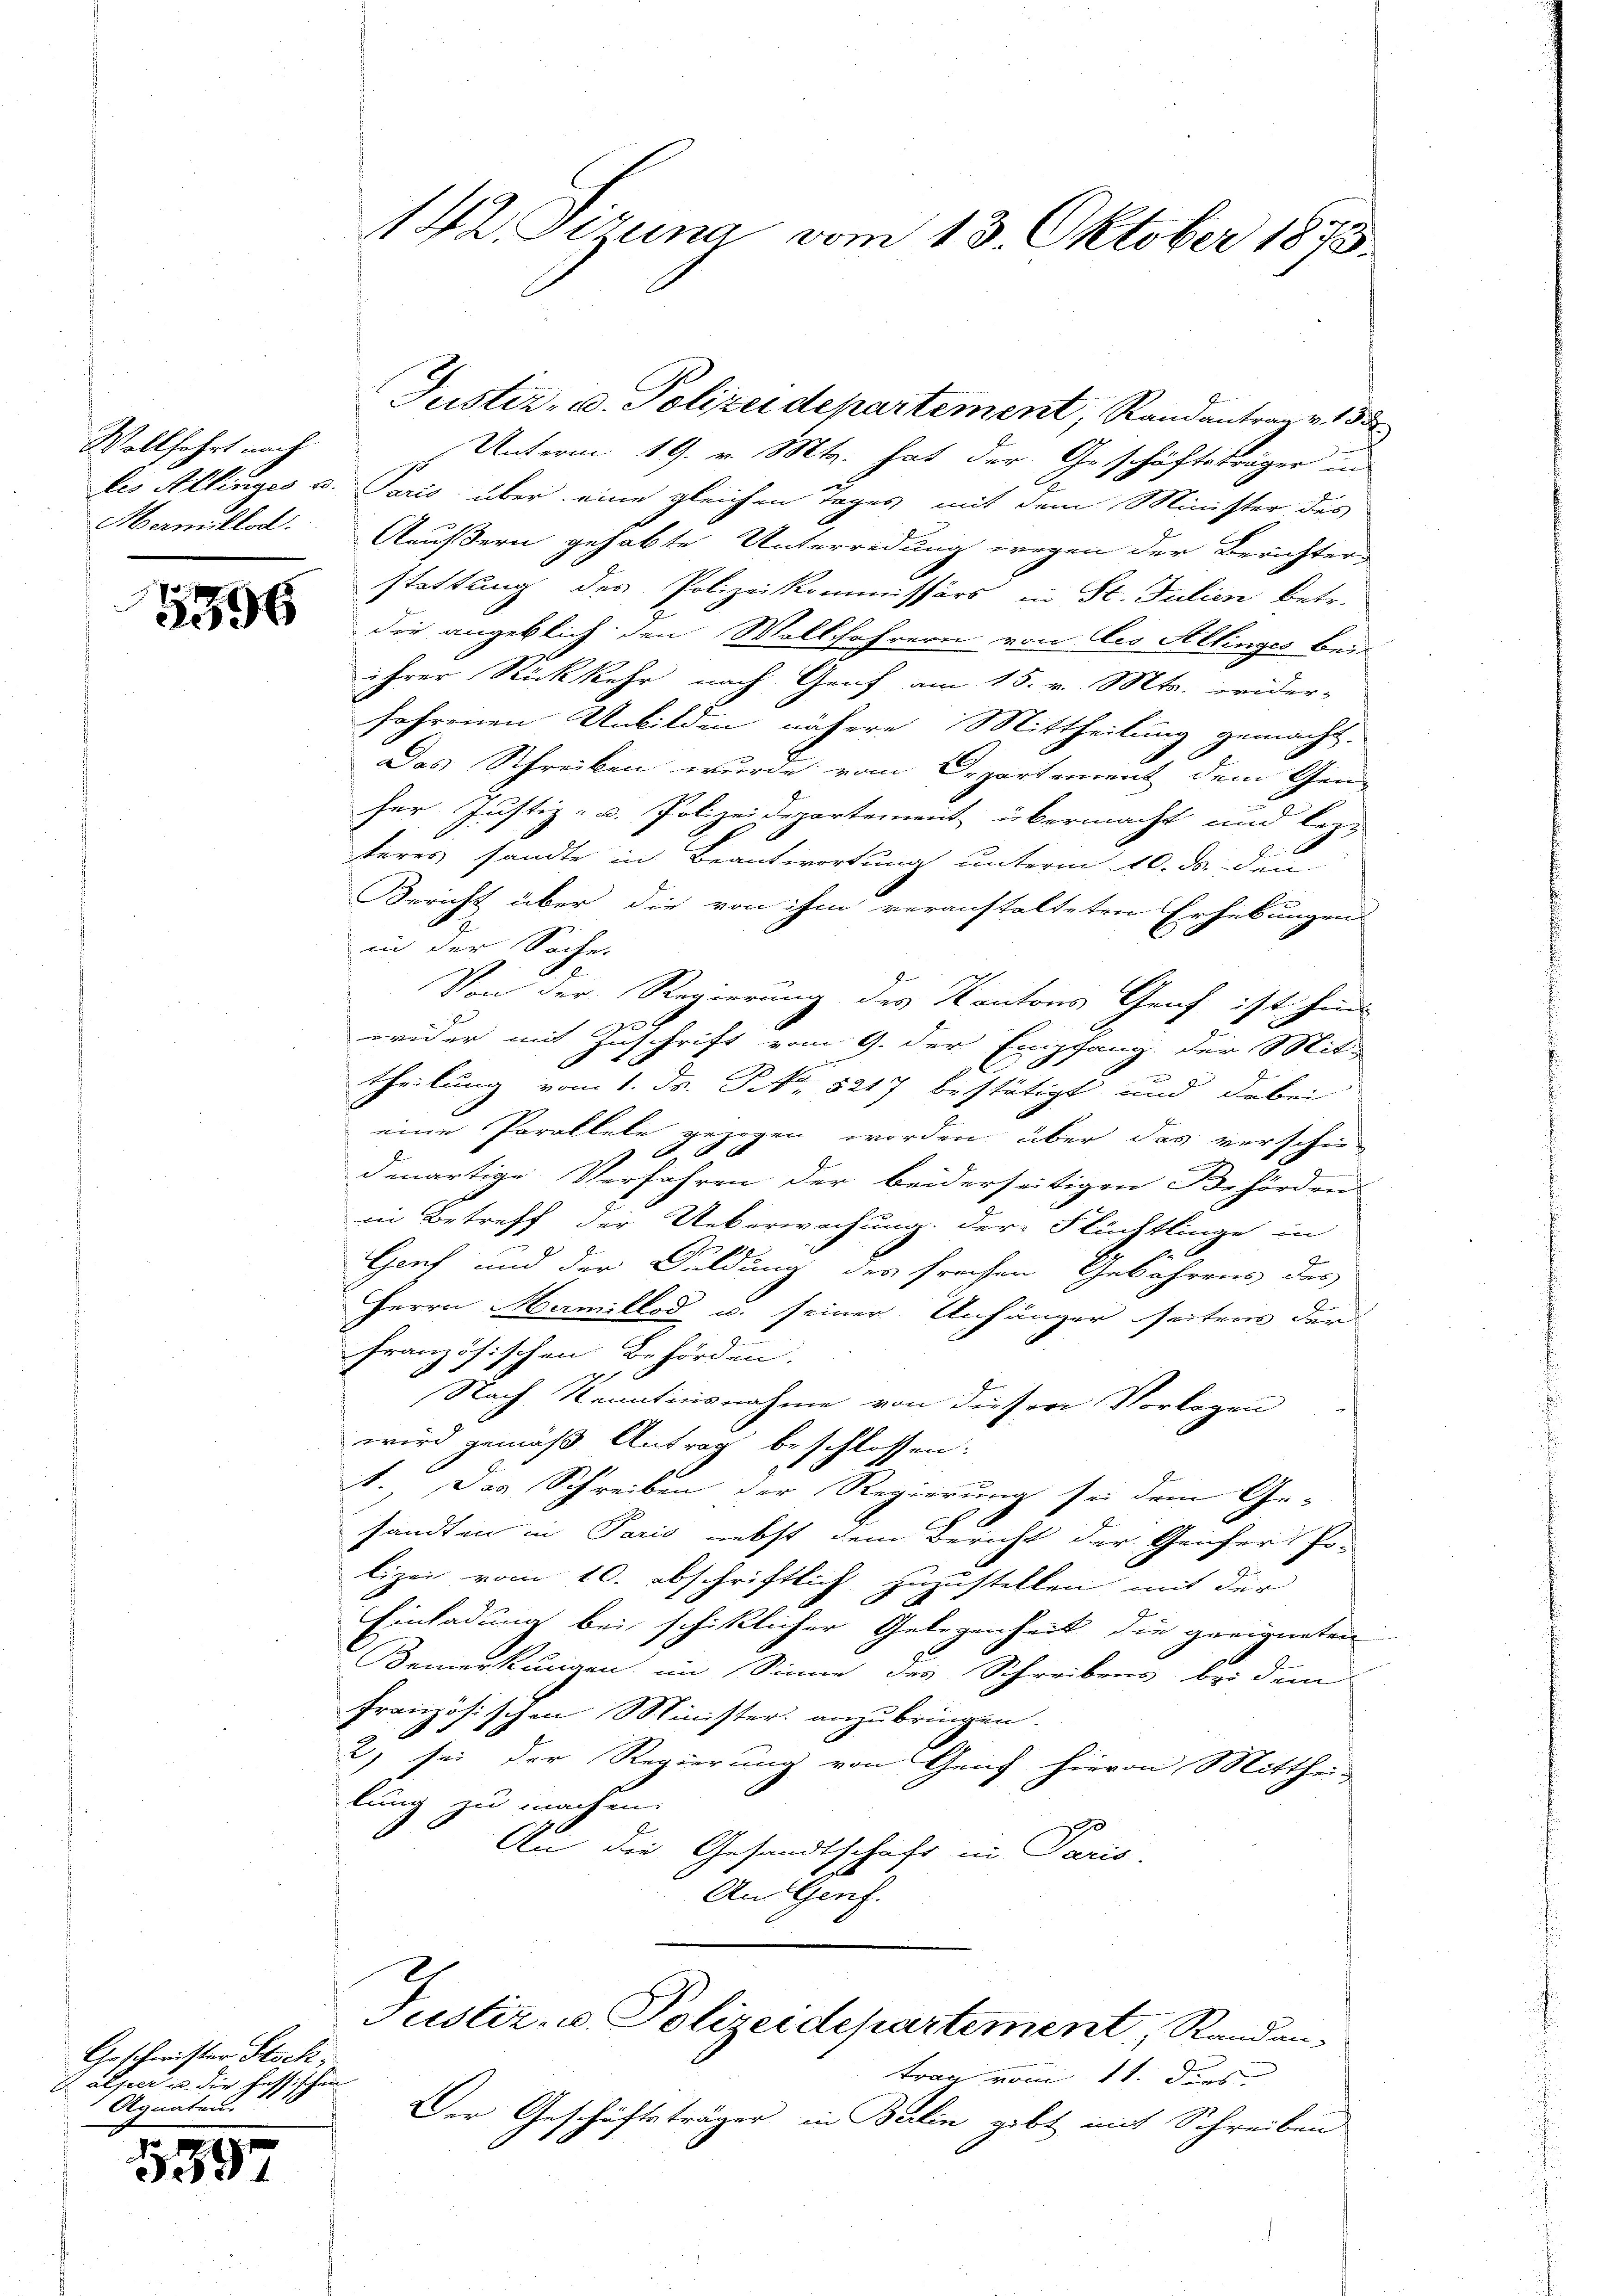
Wollfahrt nach

1396

Geschwister Stock,
 alper u. die heftischen
Agnaten.

5397

142. Tiruna vom 13. Oktober 1873.

Unterm 19. v. Mts. hat der Geschäftsträger in
les Allinges u. Paris über eine gleichen Tages mit dem Minister des
Mamillat. Außern gehabte Unterredung wegen der Berichter
stattung des Polizeikommissärs in St. Julien betr.
die angeblich den Wolkfohrern von les Allinges beiihrer Rückkehr nach Genf am 15. v. Mts. wider-
fahrenen Unbilden nähere Mittheilung gemacht.
Das Schreiben wurde vom Departement dem Gen
ser Justiz- u. Polizeidepartement übermacht und lezteres sandte in Beantwortung unterm 10. da den
Bericht über die von ihm veranstalteten Erhebungens
in der Sache.
Von der Regierung des Kantons Genf ist hind
wider mit Zuschrift vom 9. der Empfang der Mit¬
Theilung vom 1. Dr. No. 5217 bestätigt und dabei
eine Parallele gezogen worden über das verschiedenartige Verfahren der beiderseitigen Behörden.
in Betreff der Ueberwachung der Flüchtlinge in
Genf und der Duldung der frohen Gebührens des
Herrn Marmillod u. seiner Anhänger seitens der
französischen Behörden.
2
Nach Kenntnisnahme von dieser Vorlagen
wird gemäß Antrag beschlossen:
1. Das Schreiben der Regierung sei dem Ge-
sandten in Paris nebst dem Bericht der Geifer Po-
lizei vom 10. abschriftlich zuzustellen mit der
Einladung bei schicklicher Gelegenheit die geeigneten
Bemerkungen im Sinne des Schreibens bei dem
französischen Minister anzubringen.
2) sei der Regierung von Genf hievon Mitthei-
lung zu machen.
An die Gesandtschaft in Paris.
An Gerif.

Justiz- u. Polizeidepartement, Randantrag v. 155

Justiz- u. Polizeidepartement, Randantrag vom 11. dies

Der Geschäftsträger in Burlin gibt mit Schreiben